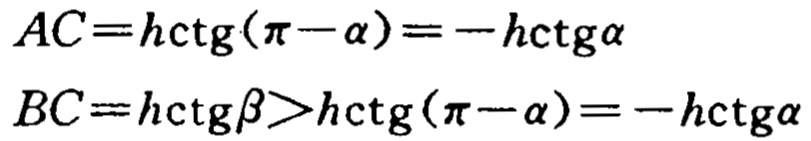
\[

\begin{align*}

AC&=h\mathrm{ctg}(\pi - \alpha)=-h\mathrm{ctg}\alpha\\

BC&=h\mathrm{ctg}\beta>h\mathrm{ctg}(\pi - \alpha)=-h\mathrm{ctg}\alpha

\end{align*}

\]